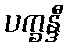
ပက္ခန္ဒီ